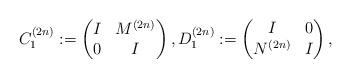
\begin{align*} C_{1}^{(2n)}&:= \begin{pmatrix} I & M^{(2n)} \\ 0 & I \end{pmatrix}, D_{1}^{(2n)}:= \begin{pmatrix} I & 0 \\ N^{(2n)} & I \end{pmatrix},\end{align*}